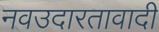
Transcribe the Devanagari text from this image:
नवउदारतावादी